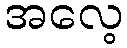
အလေ့